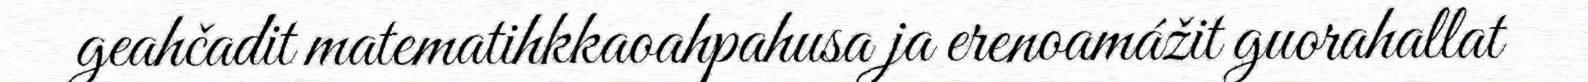
geahčadit matematihkkaoahpahusa ja erenoamážit guorahallat